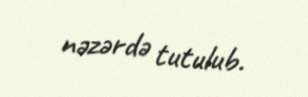
nəzərdə tutulub.